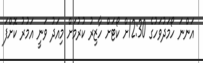
އަންނަ ހޯމަދުވަހުގެ 12:30ށް ކޯޓަށް ހާޒިރު ކުރުމަށް މިއަދު ވަނީ އަމުރު ކޮށްފަ